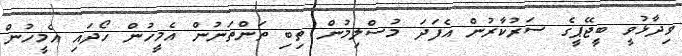
ވިދާޅުވީ ބީޖޭޕީގެ ސަރުކާރުން އެފަދަ މުސްލިމުން ތިބި ތަންތަނުން އެމީހުން ހޯދައި އެމީހުން